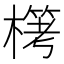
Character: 𣛖